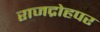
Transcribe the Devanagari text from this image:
राजद्रोहपर